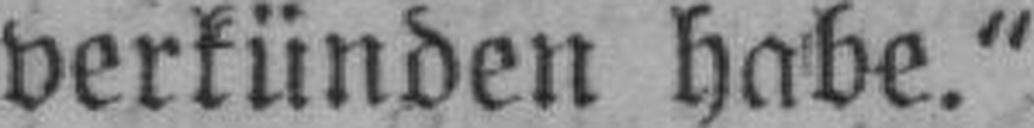
verkünden habe.“